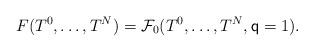
LaTeX: \begin{align*}F(T^0,\dots,T^{N})=\mathcal{F}_0(T^0,\dots,T^{N},\mathsf{q}=1).\end{align*}